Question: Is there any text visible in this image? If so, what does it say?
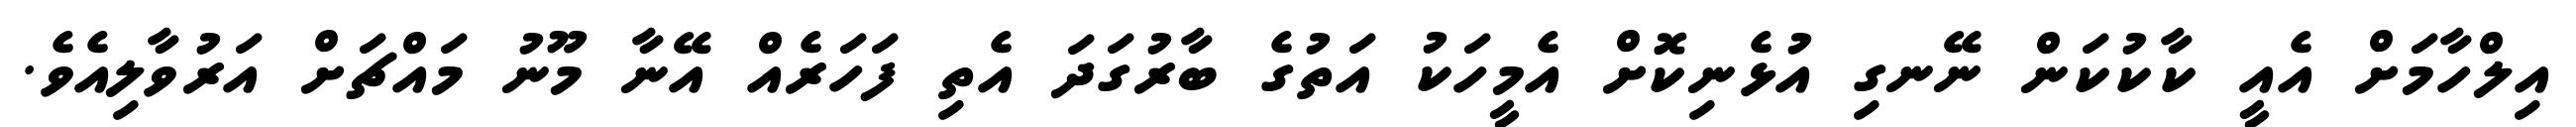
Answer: އިލްހާމަށް އެއީ ކާކުކަން ނޭނގި އުޅެނިކޮށް އެމީހަކު އަތުގެ ބާރުގަދަ އެތި ފަހަރެއް އޭނާ މޫނު މައްޗަށް އަރުވާލިއެވެ.